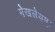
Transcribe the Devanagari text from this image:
मेखलेयम्।